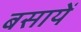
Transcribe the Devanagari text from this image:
बसायें